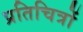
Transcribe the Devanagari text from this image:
प्रतिचित्रों